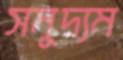
সমুদ্যম